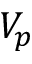
V _ { p }